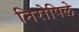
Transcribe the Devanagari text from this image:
निरोपिले